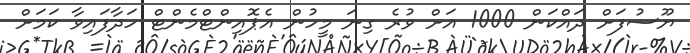
ޔޫސުފަށް ދައްކަން 1000 އަށް ވުރެ ގިނަ މީހުން އެޕޮއިންޓްމެންޓް ހަދާފައިވާ ކަމަށް